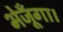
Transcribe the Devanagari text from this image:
भेजूँगा।